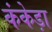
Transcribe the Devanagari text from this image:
कंकेड़ा